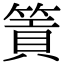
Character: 篢